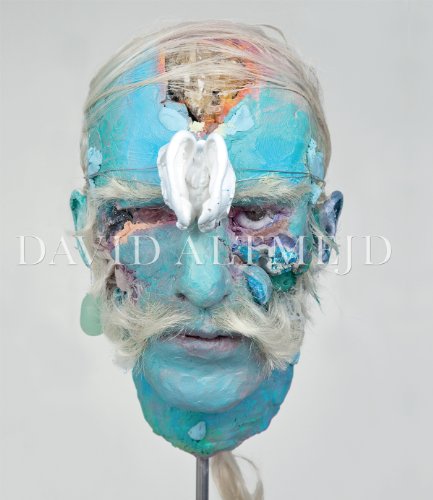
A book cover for David Altmejd; Robert Hobbs; Arts & Photography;